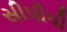
સીપીપી